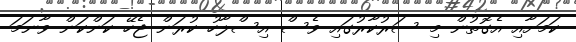
ކަމަށާއި އެގޮތުން މި ސަރުކާރުގައި ވެސް އިސްލާހު ކުރަން ޖެހޭ ކަންކަން ވާނަމަ